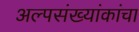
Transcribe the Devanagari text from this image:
अल्पसंख्यांकांचा